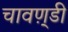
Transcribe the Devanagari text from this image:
चावण़्डी